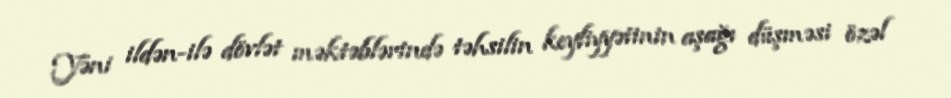
Yəni ildən-ilə dövlət məktəblərində təhsilin keyfiyyətinin aşağı düşməsi özəl